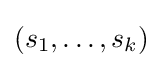
(s_{1},\dots ,s_{k})